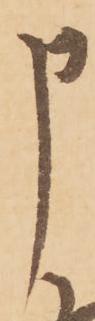
申